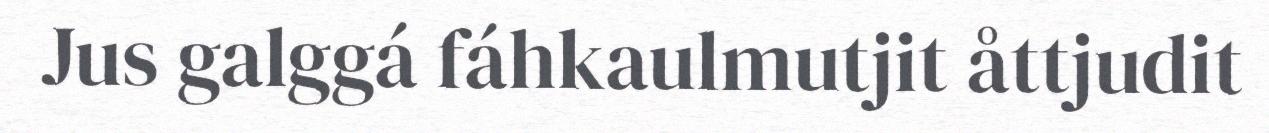
Jus galggá fáhkaulmutjit åttjudit